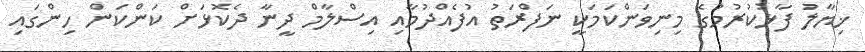
ޚިޔާލު ފާޅުކުރުމުގެ މިނިވަންކަމަކީ ނަފްރަތު އުފެއްދުމާއި އިސްލާމް ދީނާ ދެކޮޅަށް ކަންކަން ހިންގައި